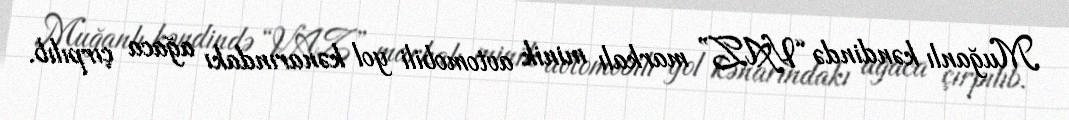
Muğanlı kəndində “VAZ” markalı minik avtomobili yol kənarındakı ağaca çırpılıb.